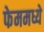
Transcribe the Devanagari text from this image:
फेममध्ये